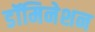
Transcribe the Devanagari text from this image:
डॉमिनेशन